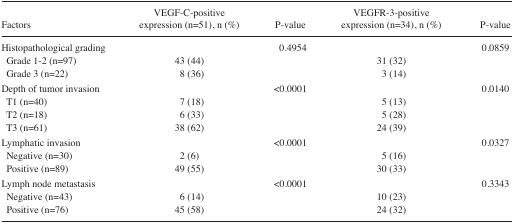
<table><thead><tr><td><b>Factors</b></td><td><b>VEGF-C-positive expression (n=51), n (%)</b></td><td><b>P-value</b></td><td><b>VEGFR-3-positive expression (n=34), n (%)</b></td><td><b>P-value</b></td></tr></thead><tbody><tr><td>Histopathological grading</td><td></td><td>0.4954</td><td></td><td>0.0859</td></tr><tr><td> Grade 1–2 (n=97)</td><td>43 (44)</td><td></td><td>31 (32)</td><td></td></tr><tr><td> Grade 3 (n=22)</td><td>8 (36)</td><td></td><td>3 (14)</td><td></td></tr><tr><td>Depth of tumor invasion</td><td></td><td>&lt;0.0001</td><td></td><td>0.0140</td></tr><tr><td> T1 (n=40)</td><td>7 (18)</td><td></td><td>5 (13)</td><td></td></tr><tr><td> T2 (n=18)</td><td>6 (33)</td><td></td><td>5 (28)</td><td></td></tr><tr><td> T3 (n=61)</td><td>38 (62)</td><td></td><td>24 (39)</td><td></td></tr><tr><td>Lymphatic invasion</td><td></td><td>&lt;0.0001</td><td></td><td>0.0327</td></tr><tr><td> Negative (n=30)</td><td>2 (6)</td><td></td><td>5 (16)</td><td></td></tr><tr><td> Positive (n=89)</td><td>49 (55)</td><td></td><td>30 (33)</td><td></td></tr><tr><td>Lymph node metastasis</td><td></td><td>&lt;0.0001</td><td></td><td>0.3343</td></tr><tr><td> Negative (n=43)</td><td>6 (14)</td><td></td><td>10 (23)</td><td></td></tr><tr><td> Positive (n=76)</td><td>45 (58)</td><td></td><td>24 (32)</td><td></td></tr></tbody></table>